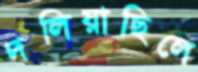
দলিয়াছিলে